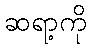
ဆရာ့ကို